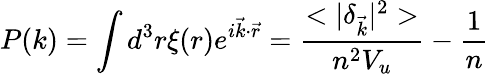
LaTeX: P(k)=\displaystyle\int d^{3}r\xi(r)e^{i\vec{k}\cdot\vec{r}}=\frac{<|\delta_{\vec{k}}|^{2}>}{n^{2}V_{u}}-\frac{1}{n}